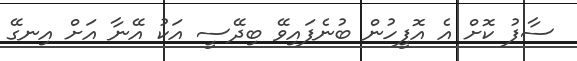
ސާފު ކޮށް އެ އޮފީހުން ބުނެފައިވޭ ބިދޭސީ އަކު އޭނާ އަށް އިނގޭ